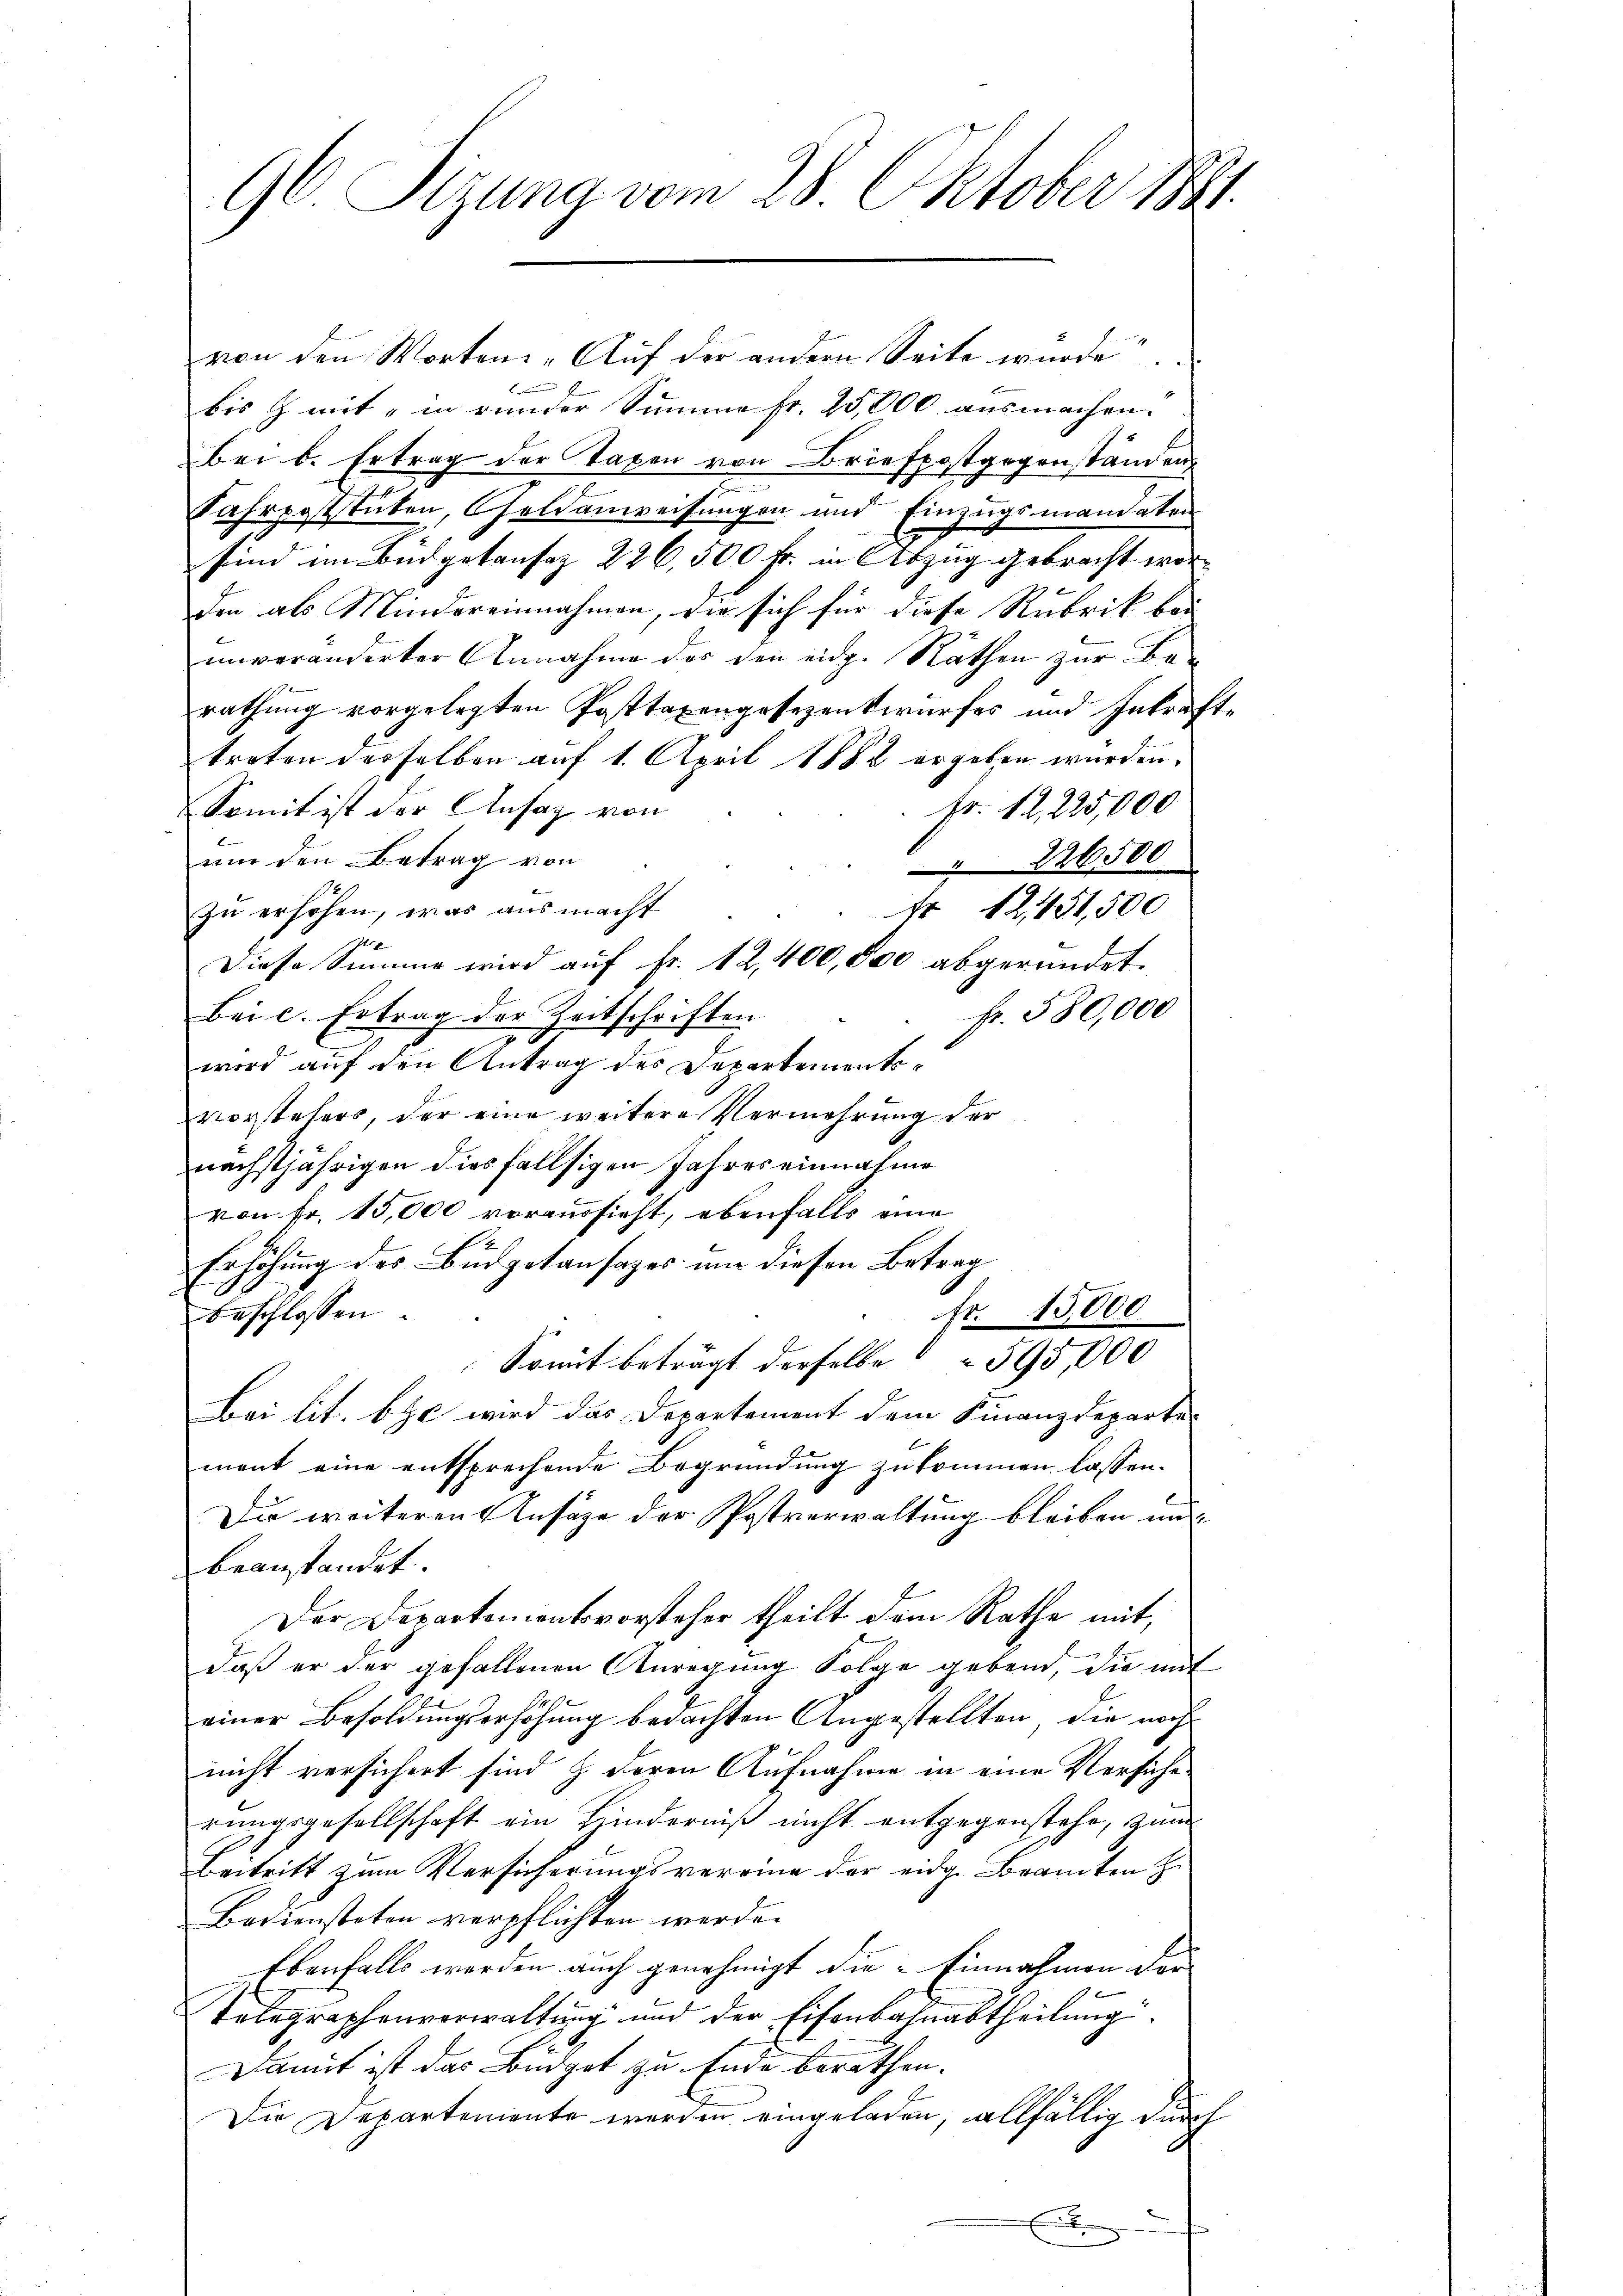
96. Sizung vom 28. Oktober 1841.

von den Worten: „Auf der andern Seite wurde.
bis & mit in runder Summe fr. 25,000 ausmachen.
Bei b. Ertrag der Taxen von Briefpostgegenstanden
Jahrentstücken, Geldanweisungen und Einzugsmandaten
sind im Büdgetansaz 226,500 Fr. in Abzug gebracht worden als Mindereinnahmen, die sich für diese Rubrik bei
unveränderter Annahme der den eidg. Räthen zur Be-
rathung vorgelegten Posttaxengesezentwurfes und Inkraft-
treten derselben auf 1. April 1882 ergeben wurden.
Fr. 12, 225,000
Somit ist der Ansag von
l
um den Betrag von
226500
zu ersehen, was ausmacht
fr 12451,500
Diese Simmer wird auf Fr. 12,400,000 abgeründet.
Fr. 580,000
Bei c. Ertrag der Zeitschriften
wird auf den Antrag des Departementsvorstehers, der eine weitere Vermehrung der
nächstjährigen diesfallsigen Jahres einnahme
von Fr. 15,000 voraussieht, ebenfalls eine
Erhöhung des Büdgetansazes um diesen Betrag
beschlossen:
Fr. 15,000.
Somit beträgt derselbe    595,000
Bei lit. b ze wird das Departement dem Finanzdeparte
ment eine entsprechende Begründung zukommen lassen.
Die weiteren Ansage der Postverwaltung bleiben un
beanstandet.
Der Departementsvorsteher theilt dem Rathe mit,
daß er der gefallenen Anregung Folge gebend, die mit
einer Besoldungserhöhung bedachten Angestellten, die noch
nicht versichert sind & deren Aufnahme in eine Versiche
rŭngsgesellschaft ein Hinderniß nicht entgegenstehe, zum
Beitritt zum Versicherungsvereine der eidg. Beamten z
Bediensteten verpflichten werde.
Ebenfalls werden auch genehmigt die Einnahmen der
Telegraphenverwaltung und der Eisenbahnabtheilung
Damit ist das Büdget zu Ende berathen.
Die Departemente werden eingeladen, allfällig durch